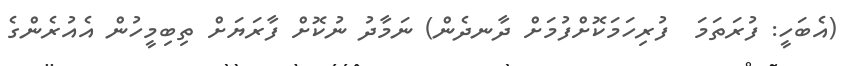
(އެބަހީ: ފުރަތަމަ  ފުރިހަމަކޮށްފުމަށް ދާނދެން) ނަމާދު ނުކޮށް ފާރަޔަށް ތިބިމީހުން އެއުރެންގެ